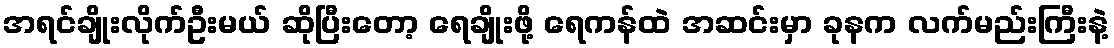
အရင်ချိုးလိုက်ဦးမယ် ဆိုပြီးတော့ ရေချိုးဖို့ ရေကန်ထဲ အဆင်းမှာ ခုနက လက်မည်းကြီးနဲ့